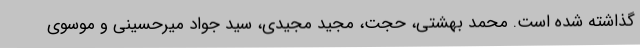
گذاشته شده است. محمد بهشتی، حجت، مجید مجیدی، سید جواد میرحسینی و موسوی